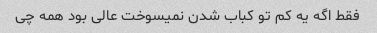
فقط اگه یه کم تو کباب شدن نمیسوخت عالی بود همه چی